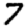
Digit: 7